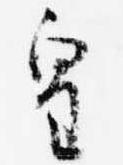
皇